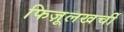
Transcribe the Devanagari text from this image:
फिज़ूलखर्ची